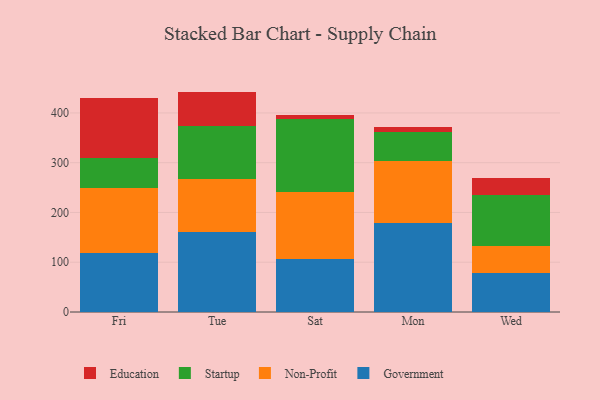
{"axis": {"x": "Day", "y": "Customer Acquisition Cost (USD)"}, "legend": ["Education", "Government", "Non-Profit", "Startup"], "data": [{"x": "Fri", "y": 118.1, "type": "Government"}, {"x": "Fri", "y": 131.1, "type": "Non-Profit"}, {"x": "Fri", "y": 59.3, "type": "Startup"}, {"x": "Fri", "y": 120.9, "type": "Education"}, {"x": "Tue", "y": 161.1, "type": "Government"}, {"x": "Tue", "y": 106.8, "type": "Non-Profit"}, {"x": "Tue", "y": 106.7, "type": "Startup"}, {"x": "Tue", "y": 68.3, "type": "Education"}, {"x": "Sat", "y": 106.8, "type": "Government"}, {"x": "Sat", "y": 134.6, "type": "Non-Profit"}, {"x": "Sat", "y": 146.6, "type": "Startup"}, {"x": "Sat", "y": 7.3, "type": "Education"}, {"x": "Mon", "y": 178.5, "type": "Government"}, {"x": "Mon", "y": 125.2, "type": "Non-Profit"}, {"x": "Mon", "y": 58.6, "type": "Startup"}, {"x": "Mon", "y": 10.0, "type": "Education"}, {"x": "Wed", "y": 77.6, "type": "Government"}, {"x": "Wed", "y": 55.4, "type": "Non-Profit"}, {"x": "Wed", "y": 102.5, "type": "Startup"}, {"x": "Wed", "y": 33.4, "type": "Education"}]}